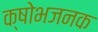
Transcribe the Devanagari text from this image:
क्षोभजनक